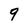
Character: 9